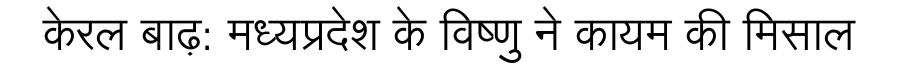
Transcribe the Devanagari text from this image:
केरल बाढ़: मध्यप्रदेश के विष्णु ने कायम की मिसाल